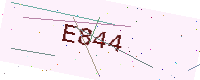
Text: E844